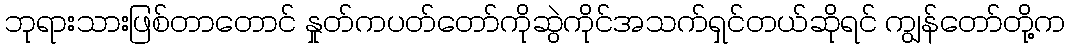
ဘုရားသားဖြစ်တာတောင် နှုတ်ကပတ်တော်ကိုဆွဲကိုင်အသက်ရှင်တယ်ဆိုရင် ကျွန်တော်တို့က